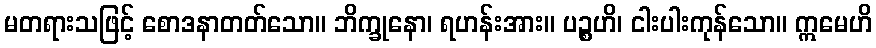
မတရားသဖြင့် စောဒနာတတ်သော။ ဘိက္ခုနော၊ ရဟန်းအား။ ပဉ္စဟိ၊ ငါးပါးကုန်သော။ ဣမေဟိ